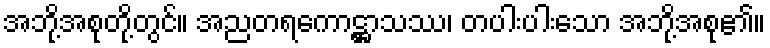
အဘို့အစုတို့တွင်။ အညတရကောဋ္ဌာသဿ၊ တပါးပါးသော အဘို့အစု၏။